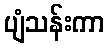
ပျံသန်းကာ